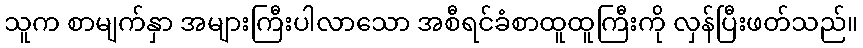
သူက စာမျက်နှာ အများကြီးပါလာသော အစီရင်ခံစာထူထူကြီးကို လှန်ပြီးဖတ်သည်။